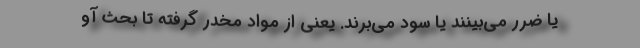
یا ضرر می‌بینند یا سود می‌برند. یعنی از مواد مخدر گرفته تا بحث آو